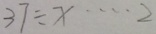
3 7 \div x \cdots 2